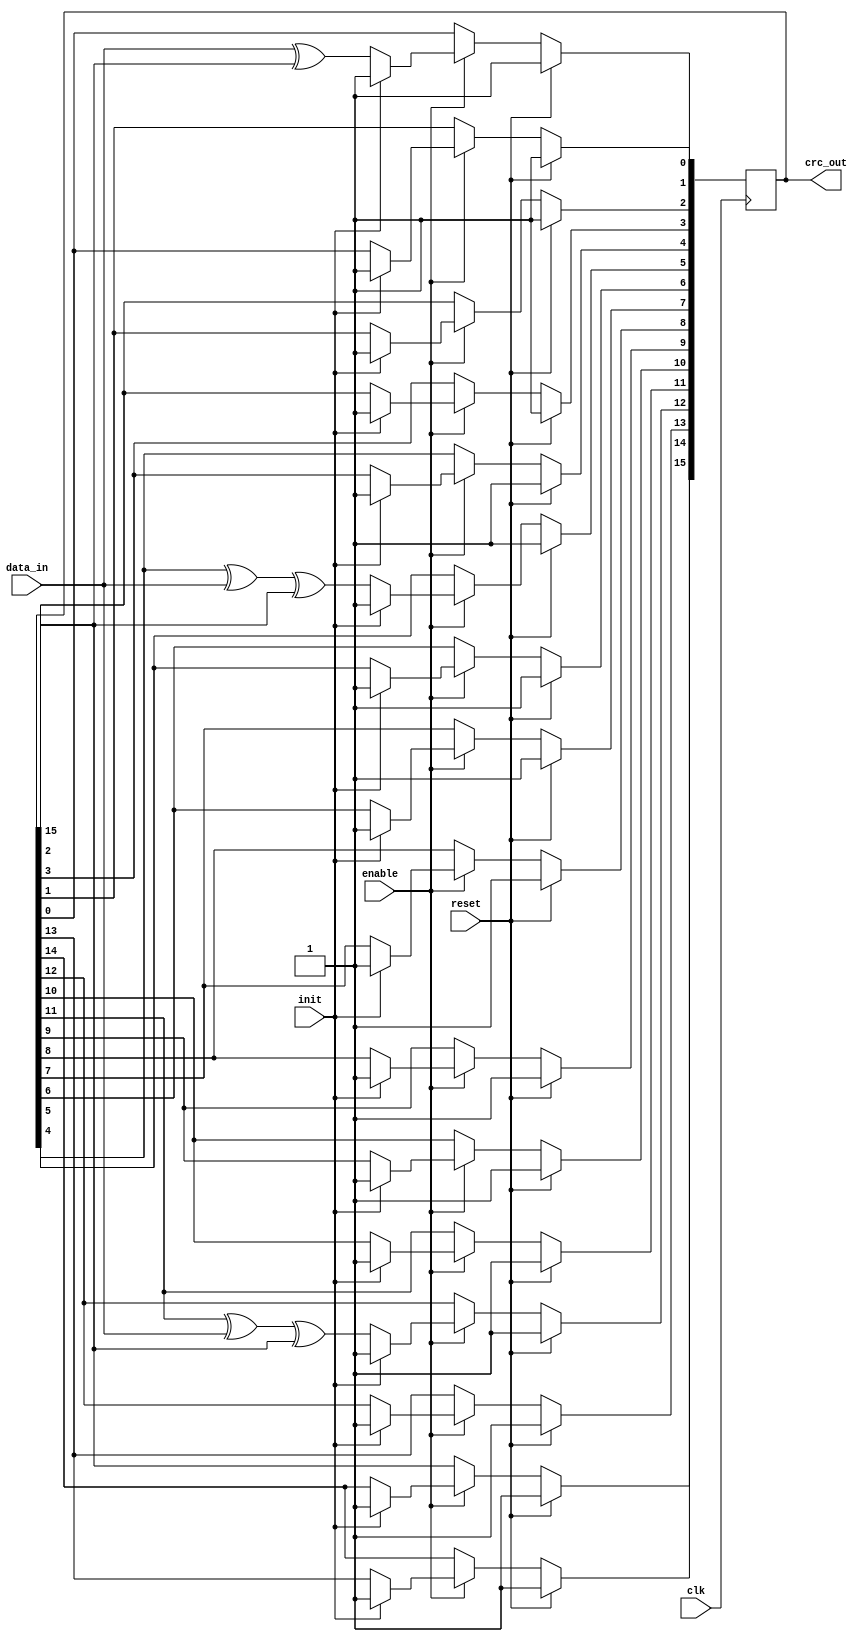
//-----------------------------------------------------
// Design Name : serial_crc_ccitt
// Function    : CCITT Serial CRC
// Coder       : Deepak Kumar Tala
//-----------------------------------------------------
module serial_crc_ccitt (
clk     ,
reset   ,
enable  ,
init    , 
data_in , 
crc_out
);
//-----------Input Ports---------------
input clk     ;
input reset   ;
input enable  ;
input init    ;
input data_in ;
//-----------Output Ports---------------
output [15:0] crc_out;
//------------Internal Variables--------
reg   [15:0] lfsr;
//-------------Code Start-----------------
assign crc_out = lfsr;
// Logic to CRC Calculation
always @ (posedge clk)
if (reset) begin
  lfsr <= 16'hFFFF;
end else if (enable) begin
  if (init) begin
    lfsr <=  16'hFFFF;
  end else begin
    lfsr[0]  <= data_in ^ lfsr[15];
    lfsr[1]  <= lfsr[0];
    lfsr[2]  <= lfsr[1];
    lfsr[3]  <= lfsr[2];
    lfsr[4]  <= lfsr[3];
    lfsr[5]  <= lfsr[4] ^ data_in ^ lfsr[15];
    lfsr[6]  <= lfsr[5];
    lfsr[7]  <= lfsr[6];
    lfsr[8]  <= lfsr[7];
    lfsr[9]  <= lfsr[8];
    lfsr[10] <= lfsr[9];
    lfsr[11] <= lfsr[10];
    lfsr[12] <= lfsr[11] ^ data_in ^ lfsr[15];
    lfsr[13] <= lfsr[12];
    lfsr[14] <= lfsr[13];
    lfsr[15] <= lfsr[14];
  end
end 

endmodule